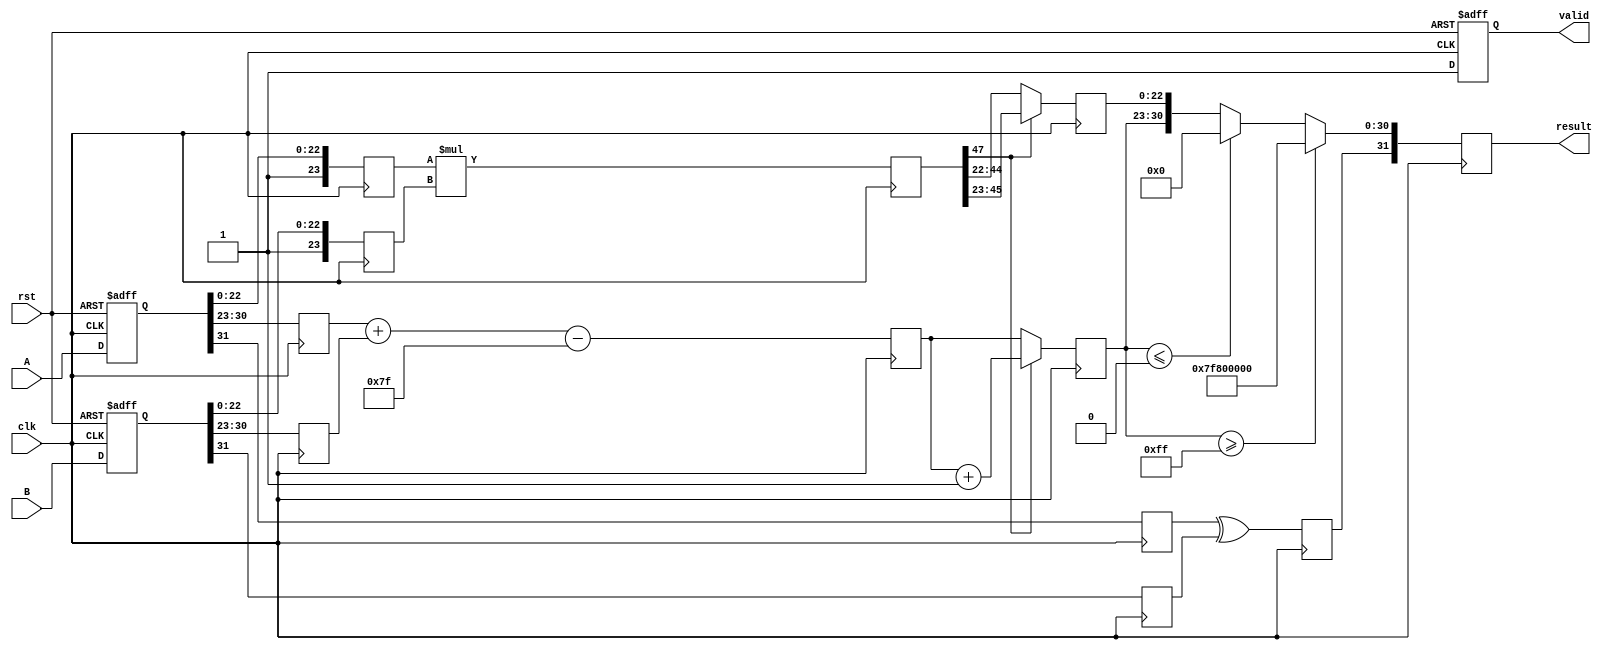
module fp_multiplier (
    input clk,
    input rst,
    input [31:0] A, // Input A
    input [31:0] B, // Input B
    output reg [31:0] result, // Output result
    output reg valid // Output valid signal
);

    // Pipeline registers
    reg [31:0] A_reg, B_reg;
    reg sign_a, sign_b, sign_result;
    reg [7:0] exp_a, exp_b, exp_result;
    reg [23:0] mant_a, mant_b, mant_result;
    reg [47:0] mant_product; // Intermediate product of mantissas
    reg [8:0] exp_sum; // To hold the sum of exponents with bias
    reg [4:0] shift_amount; // For normalization

    // Constants
    localparam BIAS = 8'd127;
    localparam EXP_MAX = 8'd255; // Maximum exponent for overflow
    localparam EXP_MIN = 8'd0;   // Minimum exponent for underflow

    // Stage 1: Input Capture
    always @(posedge clk or posedge rst) begin
        if (rst) begin
            A_reg <= 32'b0;
            B_reg <= 32'b0;
            valid <= 1'b0;
        end else begin
            A_reg <= A;
            B_reg <= B;
            valid <= 1'b1;
        end
    end

    // Stage 2: Sign Calculation
    always @(posedge clk) begin
        sign_a <= A_reg[31];
        sign_b <= B_reg[31];
        sign_result <= sign_a ^ sign_b; // XOR for sign of the product
    end

    // Stage 3: Exponent Calculation
    always @(posedge clk) begin
        exp_a <= A_reg[30:23];
        exp_b <= B_reg[30:23];
        exp_sum <= exp_a + exp_b - BIAS; // Add exponents and subtract bias
    end

    // Stage 4: Mantissa Calculation
    always @(posedge clk) begin
        mant_a <= {1'b1, A_reg[22:0]}; // Normalize mantissa A (add implicit leading 1)
        mant_b <= {1'b1, B_reg[22:0]}; // Normalize mantissa B (add implicit leading 1)
        mant_product <= mant_a * mant_b; // Multiply mantissas

        // Determine shift amount for normalization
        if (mant_product[47]) begin
            mant_result <= mant_product[46:23]; // No shift needed
            exp_result <= exp_sum + 1; // Increment exponent
        end else begin
            mant_result <= mant_product[45:22]; // Shift right
            exp_result <= exp_sum; // No change to exponent
        end
    end

    // Stage 5: Result Construction
    always @(posedge clk) begin
        if (exp_result >= EXP_MAX) begin
            // Handle overflow (set to infinity)
            result <= {sign_result, 8'b11111111, 23'b0};
        end else if (exp_result <= EXP_MIN) begin
            // Handle underflow (set to zero)
            result <= {sign_result, 8'b0, 23'b0};
        end else begin
            // Normal case
            result <= {sign_result, exp_result[7:0], mant_result[22:0]};
        end
    end

endmodule